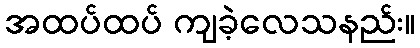
အထပ်ထပ် ကျခဲ့လေသနည်း။